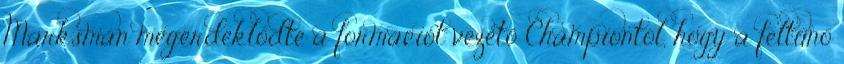
Marksman megérdeklődte a formációt vezető Championtól, hogy a feltűnő